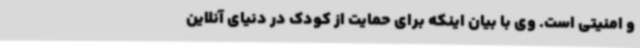
و امنیتی است. وی با بیان اینکه برای حمایت از کودک در دنیای آنلاین